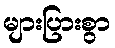
များပြားစွာ